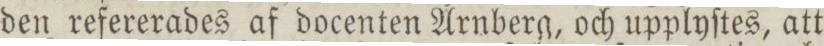
den refererades af docenten Arnberg, och upplyſtes, att